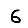
Digit: 6